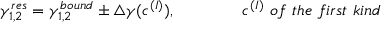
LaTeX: \gamma _ { 1 , 2 } ^ { r e s } = \gamma _ { 1 , 2 } ^ { b o u n d } \pm \triangle \gamma ( c ^ { ( I ) } ) , \qquad \qquad c ^ { ( I ) } { ~ o f ~ t h e ~ f i r s t ~ k i n d }